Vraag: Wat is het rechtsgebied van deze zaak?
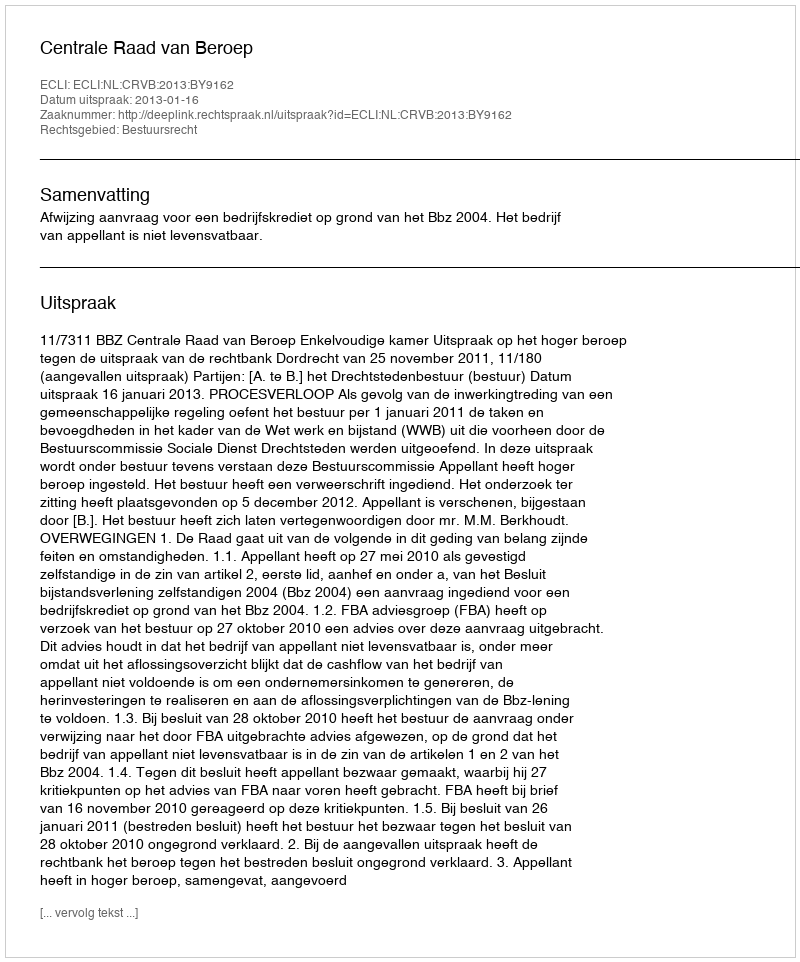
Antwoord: Bestuursrecht